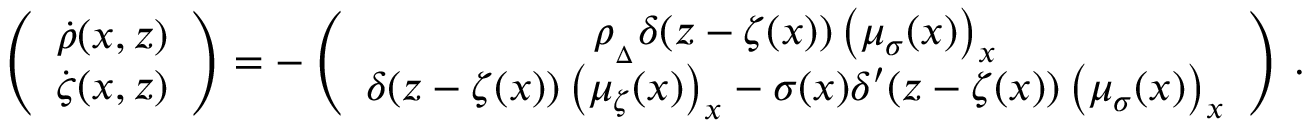
\left( \begin{array} { c } { \bigskip \dot { \rho } ( x , z ) } \\ { \dot { \varsigma } ( x , z ) } \end{array} \right) = - \left( \begin{array} { c } { \medskip \rho _ { _ { \Delta } } \delta ( z - \zeta ( x ) ) \left( \mu _ { { \sigma } } ( x ) \right) _ { x } } \\ { \delta ( z - \zeta ( x ) ) \left( \mu _ { \zeta } ( x ) \right) _ { x } - { \sigma } ( x ) \delta ^ { \prime } ( z - \zeta ( x ) ) \left( \mu _ { { \sigma } } ( x ) \right) _ { x } } \end{array} \right) \, .